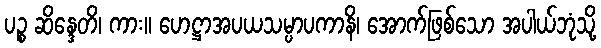
ပဉ္စ ဆိန္ဒေတိ၊ ကား။ ဟေဋ္ဌာအပယသမ္ပာပကာနိ၊ အောက်ဖြစ်သော အပါယ်ဘုံသို့